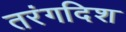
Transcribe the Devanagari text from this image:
तरंगदिश